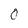
Character: 0